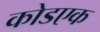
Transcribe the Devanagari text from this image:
कोडएक